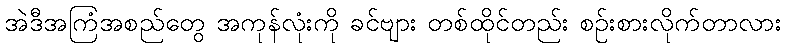
အဲဒီအကြံအစည်တွေ အကုန်လုံးကို ခင်ဗျား တစ်ထိုင်တည်း စဉ်းစားလိုက်တာလား